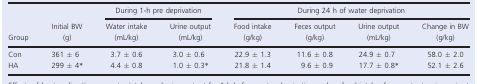
| <ROWSPAN=2> Group | <ROWSPAN=2> Initial BW (g) | <COLSPAN=2> During 1‐h pre deprivation | <COLSPAN=4> During 24 h of water deprivation |
 | Water intake (mL/kg) | Urine output (mL/kg) | Food intake (g/kg) | Feces output (g/kg) | Urine output (mL/kg) | Change in BW (g/kg) |
 | --- | --- | --- | --- | --- | --- | --- | --- |
 | Con | 361 ± 6 | 3.7 ± 0.6 | 3.0 ± 0.6 | 22.9 ± 1.3 | 11.6 ± 0.8 | 24.9 ± 0.7 | 58.0 ± 2.0 |
 | HA | 299 ± 4a | 4.4 ± 0.8 | 1.0 ± 0.3a | 21.8 ± 1.4 | 9.6 ± 0.9 | 17.7 ± 0.8a | 52.1 ± 2.6 |